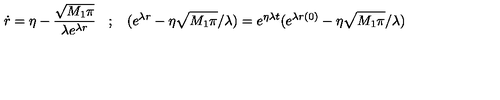
\dot { r } = \eta - \frac { \sqrt { M _ { 1 } \pi } } { \lambda e ^ { \lambda r } } \: \: \: \: ; \: \: \: \: ( e ^ { \lambda r } - \eta \sqrt { M _ { 1 } \pi } / \lambda ) = e ^ { \eta \lambda t } ( e ^ { \lambda r ( 0 ) } - \eta \sqrt { M _ { 1 } \pi } / \lambda )